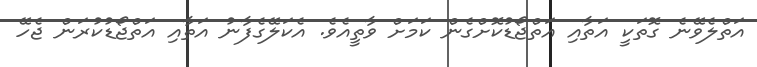
އަތްލެވޭނެ ގޮތަކީ އަތާއި އަތްޖޯޑުކޮށްގެން ކަމަށް ވާތީއެވެ. އެކަލޭގެފާނު އަތާއި އަތްޖޯޑުކުރަން ޖެހޭ